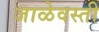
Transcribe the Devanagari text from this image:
जाळेवस्ती